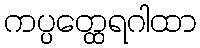
ကပ္ပတ္ထေရဂါထာ